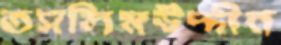
তসলিমউদ্দীন